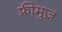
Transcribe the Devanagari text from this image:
फ्रीमुज़